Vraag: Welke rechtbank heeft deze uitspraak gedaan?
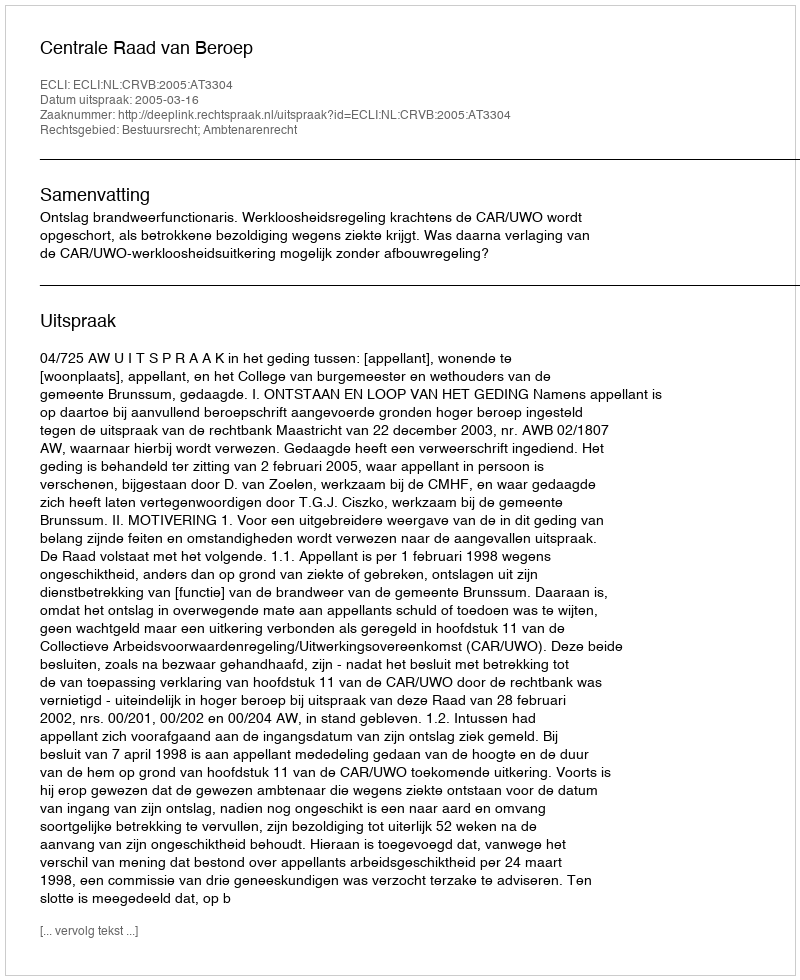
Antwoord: Centrale Raad van Beroep